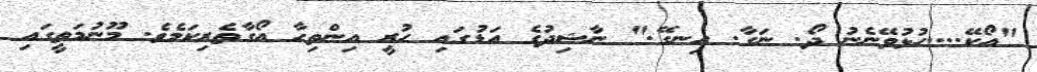
"އޯކޭ....ހުޅުވޭނެނު ދޯ. ނަގާ. އިނގޭ." ނާޝިދުގެ އަޑުގައި ހުރީ އިންތިހާ އޯގާތެރިކަމެވެ. މޫނުމަތީގައި